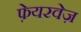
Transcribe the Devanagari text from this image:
फ़ेयरवेज़